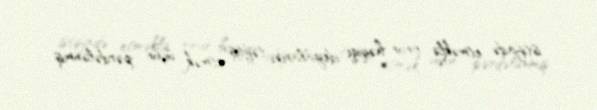
istifadə etməklə onun həqiqi ideyalarını təftiş etmək üçün pərdələnmiş